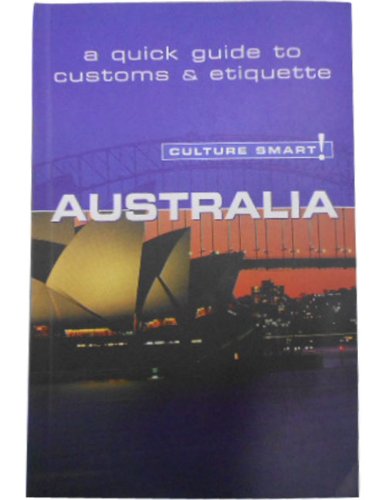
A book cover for Australia: A Quick Guide to Customs & Etiquette (Culture Smart!); Barry Penney; Biographies & Memoirs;